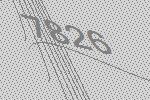
7826